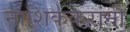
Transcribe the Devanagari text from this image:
नाशिककरांनी